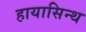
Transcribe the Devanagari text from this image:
हायासिन्थ